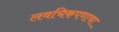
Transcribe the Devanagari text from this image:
लवचिकपणाचा